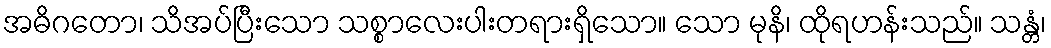
အဓိဂတော၊ သိအပ်ပြီးသော သစ္စာလေးပါးတရားရှိသော။ သော မုနိ၊ ထိုရဟန်းသည်။ သန္တံ၊